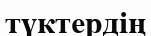
түктердің